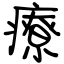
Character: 療